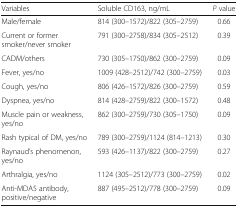
<table><thead><tr><td><b>Variables</b></td><td><b>Soluble CD163, ng/mL</b></td><td><b><i>P</i> value</b></td></tr></thead><tbody><tr><td>Male/female</td><td>814 (300–1572)/822 (305–2759)</td><td>0.66</td></tr><tr><td>Current or former smoker/never smoker</td><td>791 (300–2758)/834 (305–2512)</td><td>0.39</td></tr><tr><td>CADM/others</td><td>730 (305–1750)/862 (300–2759)</td><td>0.09</td></tr><tr><td>Fever, yes/no</td><td>1009 (428–2512)/742 (300–2759)</td><td>0.03</td></tr><tr><td>Cough, yes/no</td><td>806 (426–1572)/826 (300–2759)</td><td>0.59</td></tr><tr><td>Dyspnea, yes/no</td><td>814 (428–2759)/822 (300–1572)</td><td>0.48</td></tr><tr><td>Muscle pain or weakness, yes/no</td><td>862 (300–2759)/730 (305–1750)</td><td>0.09</td></tr><tr><td>Rash typical of DM, yes/no</td><td>789 (300–2759)/1124 (814–1213)</td><td>0.30</td></tr><tr><td>Raynaud’s phenomenon, yes/no</td><td>593 (426–1137)/822 (300–2759)</td><td>0.27</td></tr><tr><td>Arthralgia, yes/no</td><td>1124 (305–2512)/773 (300–2759)</td><td>0.02</td></tr><tr><td>Anti-MDA5 antibody, positive/negative</td><td>887 (495–2512)/778 (300–2759)</td><td>0.09</td></tr></tbody></table>